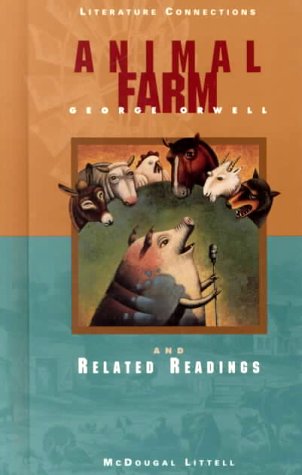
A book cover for Animal Farm and Related Readings; George Orwell; Literature & Fiction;